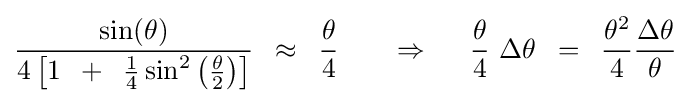
{{\sin(\theta )} \over {4\left[{1\,\,\,+\,\,\,{1 \over 4}\sin ^{2}\left({\theta  \over 2}\right)}\right]}}\,\,\,\approx \,\,\,{\theta  \over 4}\,\,\,\,\,\,\,\,\,\,\,\Rightarrow \,\,\,\,\,\,\,\,{\theta  \over 4}\,\,\Delta \theta \,\,\,=\,\,\,{{\theta ^{2}} \over 4}{{\Delta \theta } \over \theta }